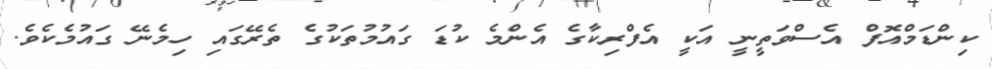
ކިންޑަމްއޮފް އެސްވަތީނީ އަކީ އެފްރިކާގެ އެންމެ ކުޑަ ގައުމުތަކުގެ ތެރޭގައި ހިމެނޭ ގައުމެކެވެ.